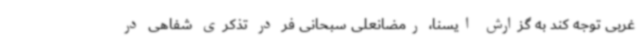
غربی توجه کند به گزارش ایسنا، رمضانعلی سبحانی فر در تذکری شفاهی در